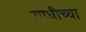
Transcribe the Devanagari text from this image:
याधीच्या